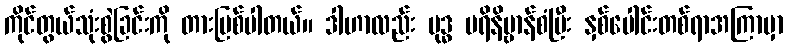
ကိုင်တွယ်သုံးစွဲခြင်းကို တားမြစ်ပါတယ်။ ဒါဟာလည်း ဗုဒ္ဓ ပရိနိဗ္ဗာန်စံပြီး နှစ်ပေါင်းတစ်ရာအကြာမှာ